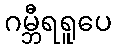
ဂမ္ဘီရရူပေ